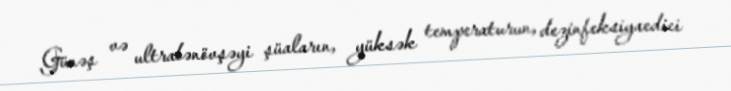
Günəş və ultrabənövşəyi şüaların, yüksək temperaturun, dezinfeksiyaedici